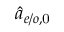
\hat { a } _ { e / o , \mathrm { 0 } }